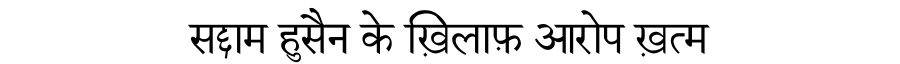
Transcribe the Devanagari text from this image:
सद्दाम हुसैन के ख़िलाफ़ आरोप ख़त्म